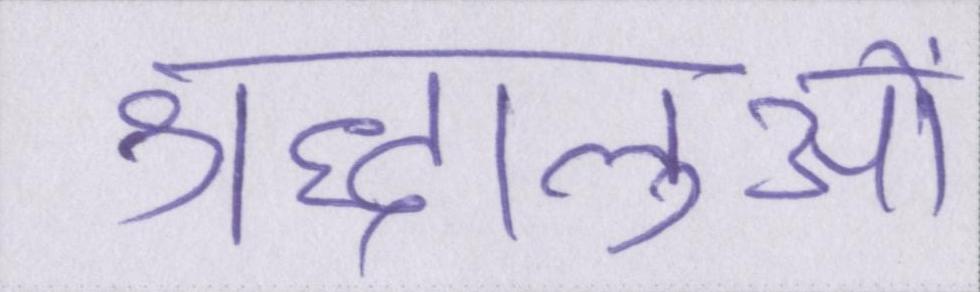
श्रद्धालुओं